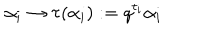
\alpha _ { i } \rightarrow \tau ( \alpha _ { i } ) : = q ^ { t _ { i } } \alpha _ { i } \;